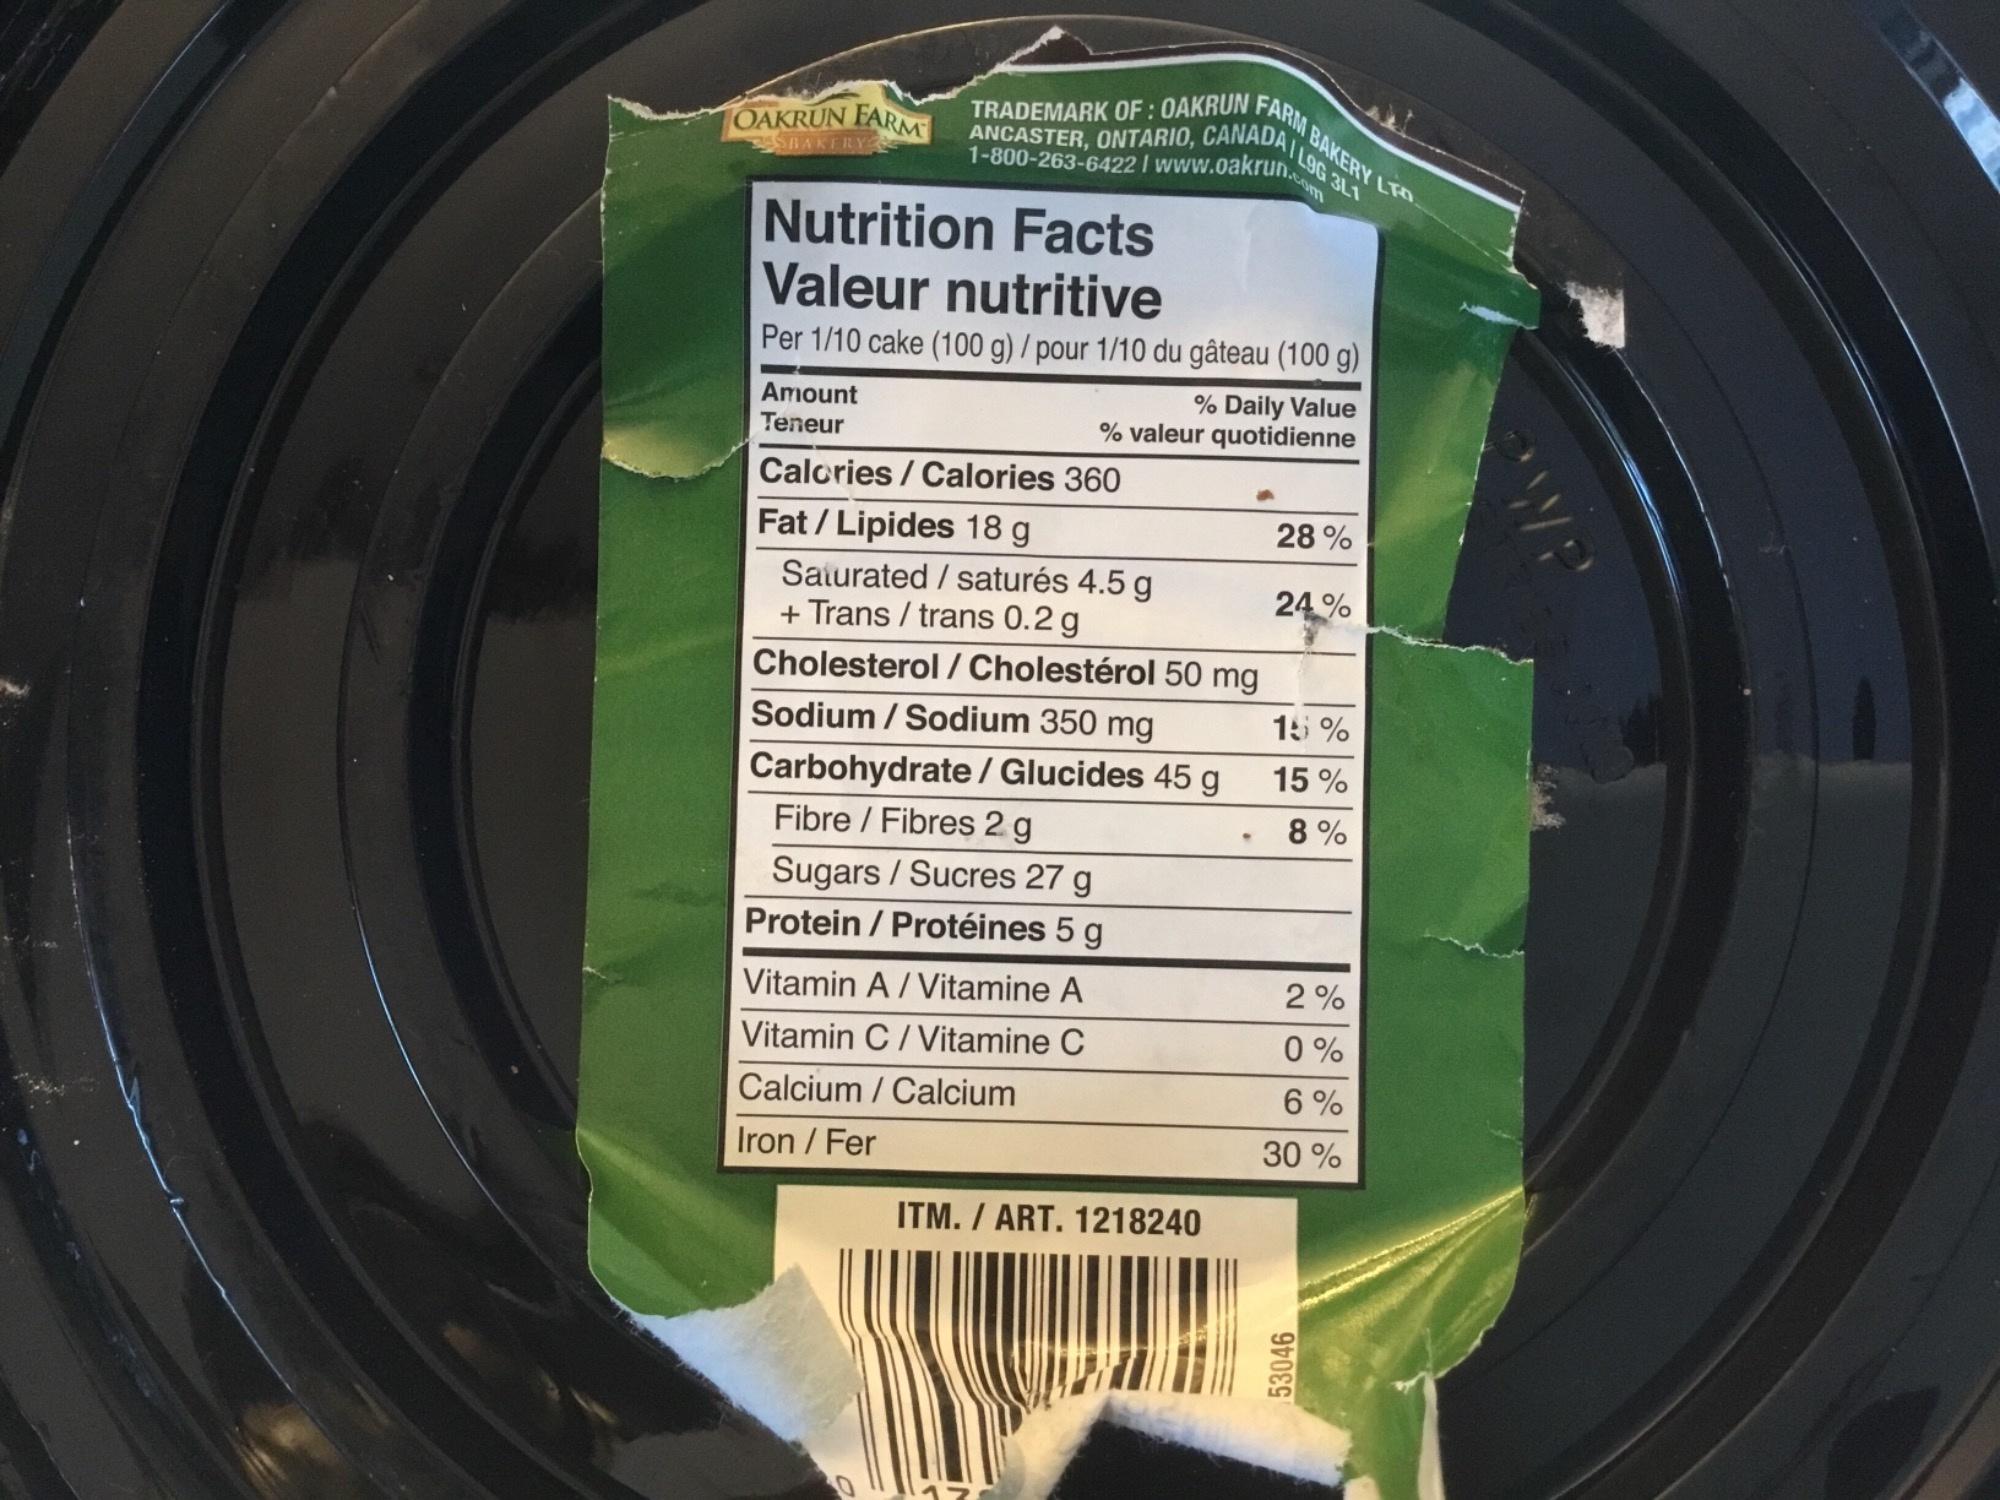
OAKRUN FARM
SBAKERY
TRADEMARK OF: OAKRUN FARM B
ANCASTER, ONTARIO, CANADA
1-800-263-6422 / www.oakrun.com
Amount
Teneur
Nutrition Facts
Valeur nutritive
Per 1/10 cake (100 g) / pour 1/10 du gâteau (100 g)
Calories/Calories 360
Fat/Lipides 18 g
Saturated/saturés 4.5 g + Trans / trans 0.2 g
Cholesterol/Cholestérol 50 mg
% Daily Value
% valeur quotidienne
Sodium/Sodium 350 mg
Carbohydrate / Glucides 45 g
Fibre / Fibres 2 g
Sugars / Sucres 27 g
Protein / Protéines 5 g
Vitamin A/Vitamine A
Vitamin C / Vitamine C
Calcium / Calcium
Iron / Fer
ITM. / ART. 1218240
BAKERY LTD
L9G 3L1
.
28%
24%
15 %
15%
8%
2%
0%
6%
30%
53046